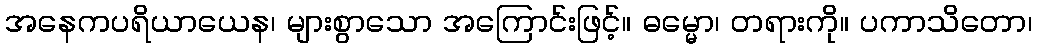
အနေကပရိယာယေန၊ များစွာသော အကြောင်းဖြင့်။ ဓမ္မော၊ တရားကို။ ပကာသိတော၊